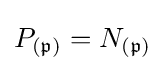
P_{({\mathfrak {p}})}=N_{({\mathfrak {p}})}